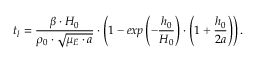
t _ { l } = \frac { \beta \cdot H _ { 0 } } { \rho _ { 0 } \cdot \sqrt { \mu _ { E } \cdot a } } \cdot \left( 1 - e x p \left( - \frac { h _ { 0 } } { H _ { 0 } } \right) \cdot \left( 1 + \frac { h _ { 0 } } { 2 a } \right) \right) .